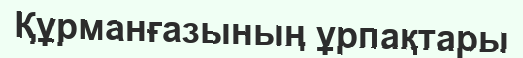
Құрманғазының ұрпақтары